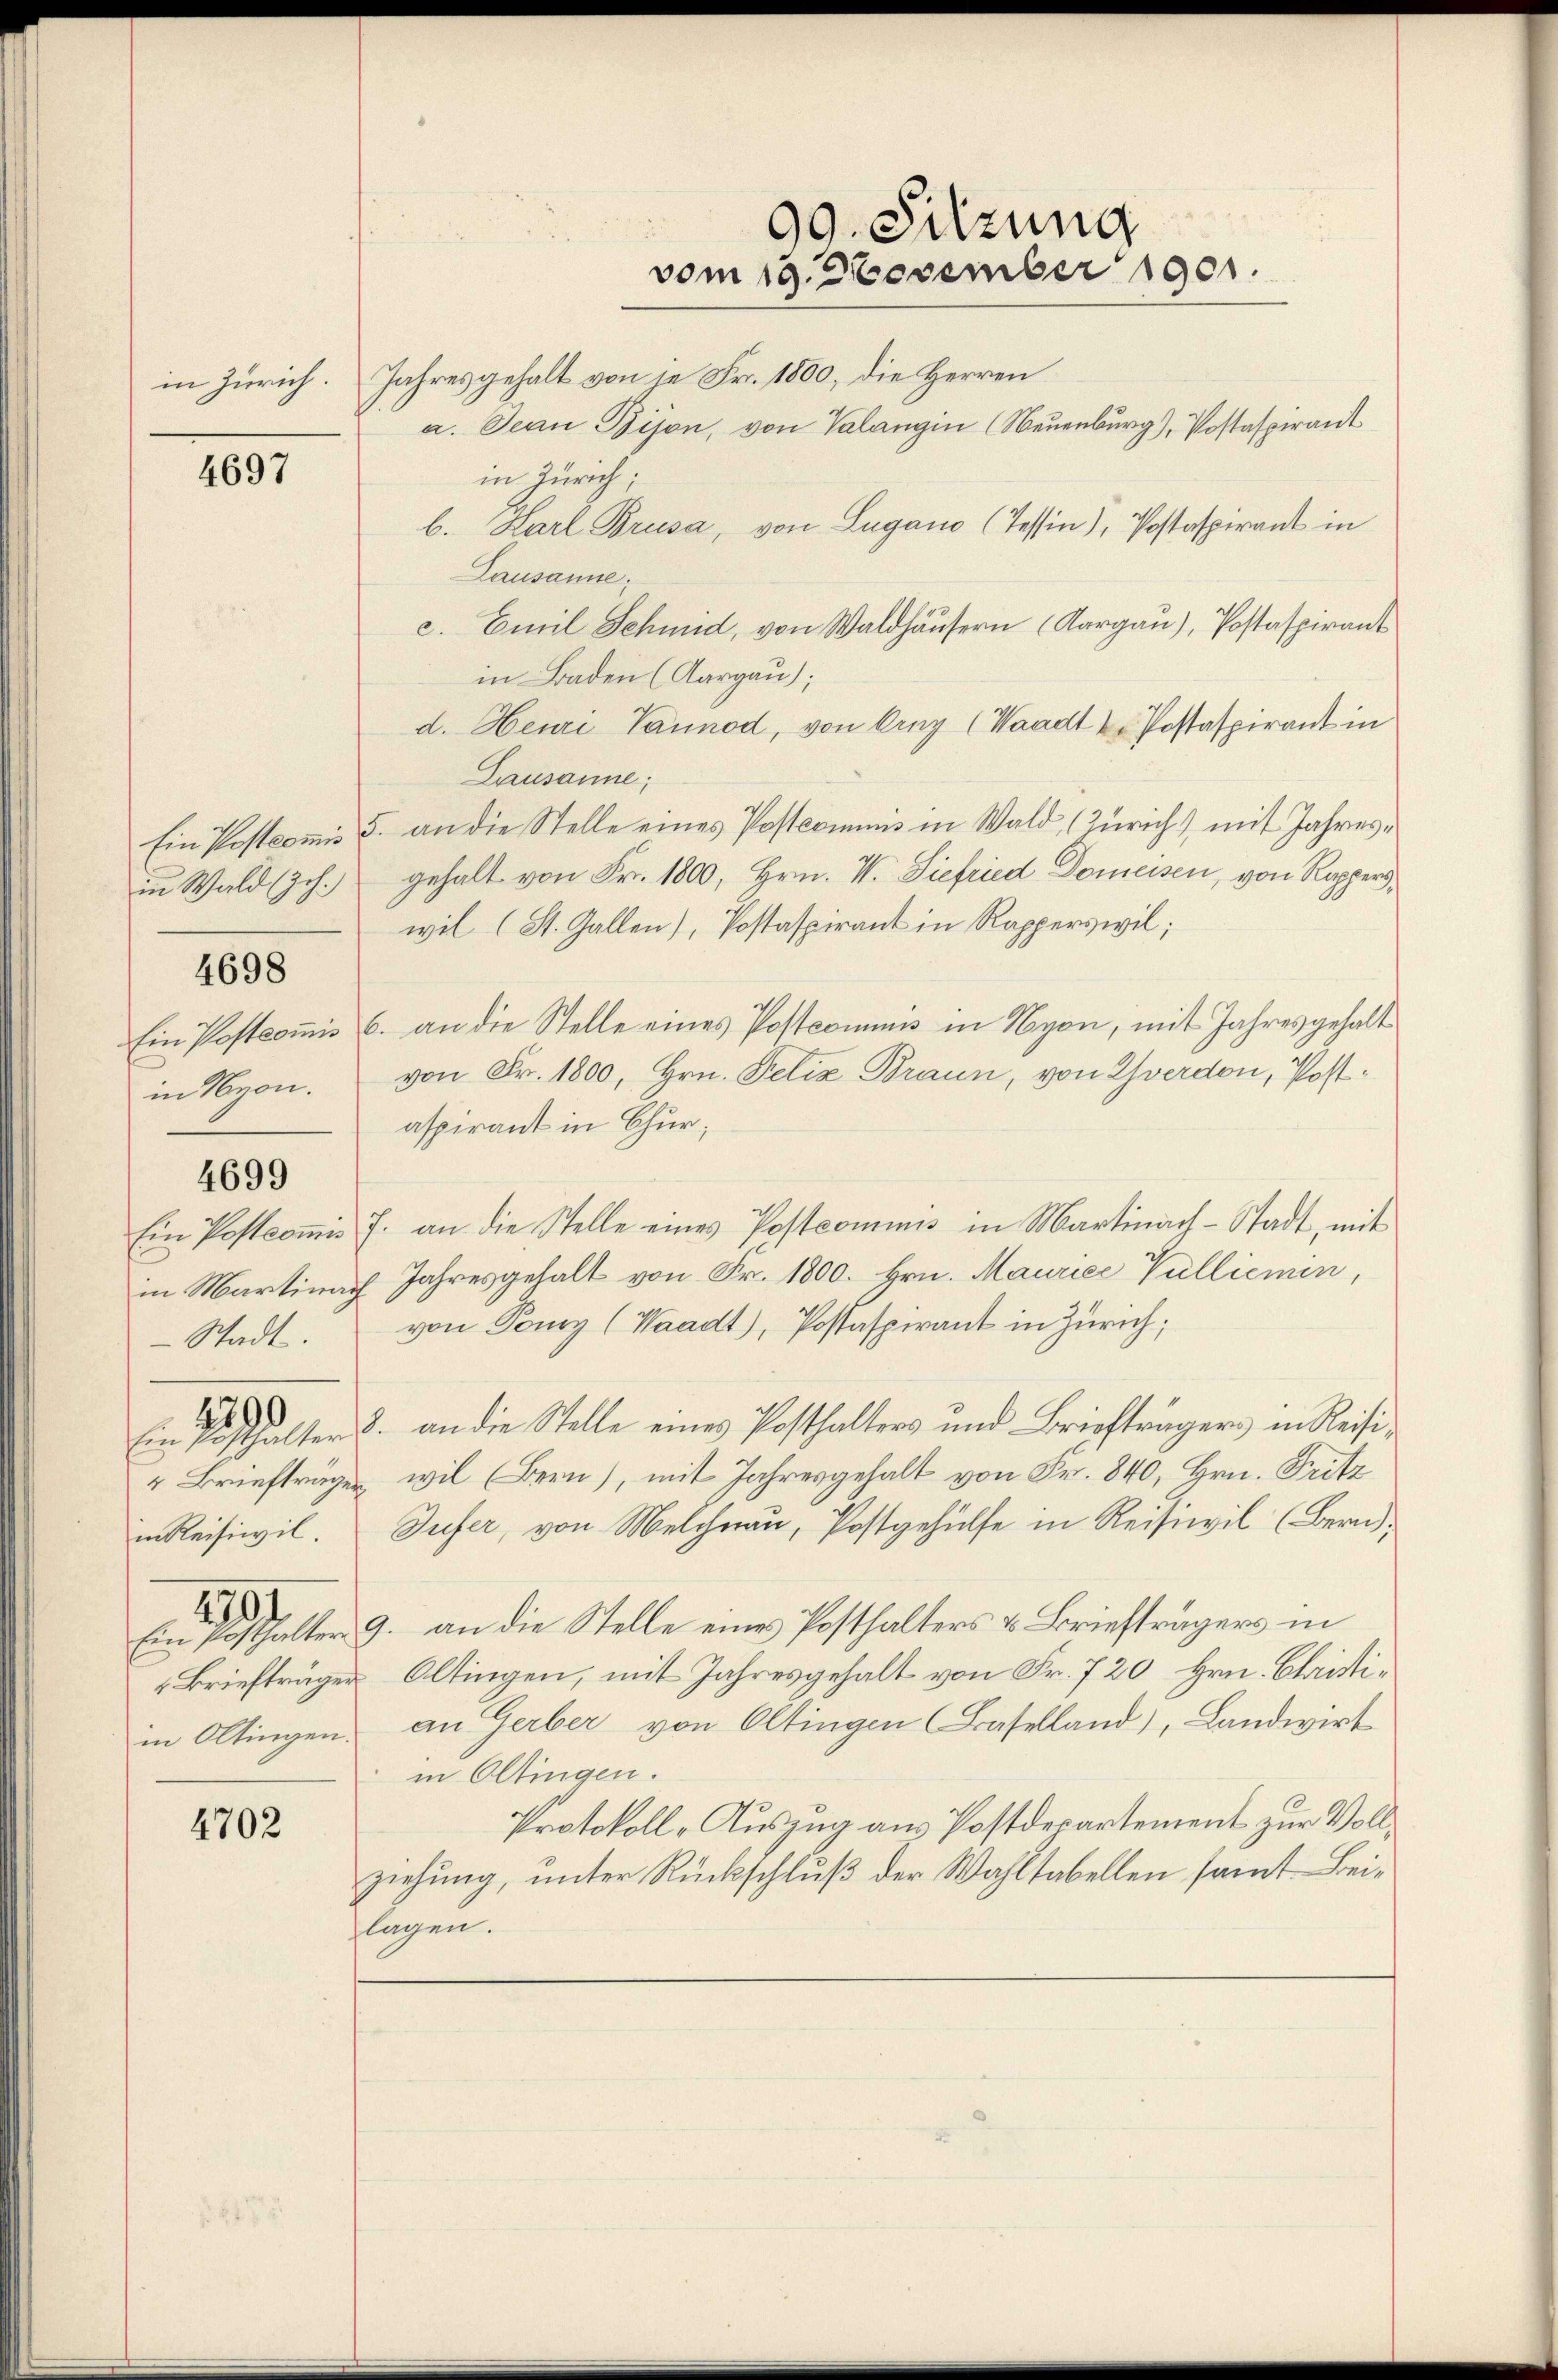
4697

in Wald (Joh.

4698

in Nyon.

4699

in Martinach
Stadt.
290

1790

4702

in Zürich. Jahres gehalt von de Fr. 1800, die Herren
a. Jean Bijon, von Valangin (Neuenburg), Postaspirant
in Zürich;
b. Karl Brusa, von Lugano (Tessin), Postaspirant in
Lausanne.
c. Emil Schmid, von Waldhäusern (Aargau), Postaspirant
in Baden (Aargau);
d. Henri Vannod, von Arny (Waadt u. Postaspirant in
Lausanne;
Ein Postcomis 5. an die Stelle eines Postcommis in Wald (Zürich) mit Jahresgehalt von Fr. 1800, Hrn. V. Siefried Domeisen, von Rappers,
wil (St. Gallen), Postaspirant in Rapperswil;
Ein Postcommis 6. an die Stelle eines Postcommis in Nyon, mit Jahres gehalt
von Fr. 1800, Hrn. Felix Braun, von Yverdon, Postaspirant in Chur;
Ein Postcoṁis J. an die Stelle eines Postcommis in Martinach-Stadt, mit
Jahresgehalt von Fr. 1800. Hrn. Maurice Vulliemen,
von Pomy (Waadt, Postaspirant in Zürich;
Ein Posthalter 8. an die Stelle eines Posthalters und Briefträgers in Reisi¬
" Briefträger wil (Bern), mit Jahresgehalt von Fr. 840, Hrn. Fritz
in Reisiwil. Sufer, von Melchnau, Postgehülfe in Reisiwil (Bern;
Ein Posthalter 9. an die Stelle eines Posthalters & Briefträgers in
Briefträger Oltingen, mit Jahresgehalt von Fr. 720 Hrn. Christiin Oltingen, an Gerber von Oltingen Baselland), Landwirt
in Oltingen.
Protokoll-Auszug aus Postdepartement zur Vollziehung, unter Rückschluß der Wahltabellen samt Beilagen.

90. Sitzung
vom 19. Dezember 1901.